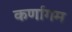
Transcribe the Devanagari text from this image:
कर्णागम